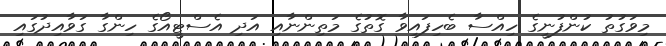
މިވަގުތު ކުންފުނީގެ ހިއްސާ ބެހިފައިވާ ގޮތުގެ މަތިންނާއި އަދި އެސްޓީއޯގެ ހިންގާ ގަވާއިދުގައި